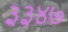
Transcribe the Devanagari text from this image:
३३४७